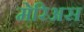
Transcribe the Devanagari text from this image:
मेरिअस